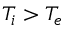
T _ { i } > T _ { e }